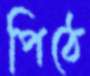
পিঠে